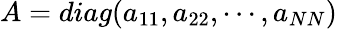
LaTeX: A=diag(a_{11},a_{22},\cdots,a_{NN})